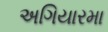
અગિયારમા